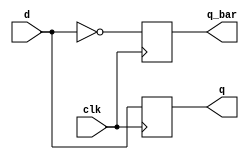
module dff_bad2(clk, d, q, q_bar);
    input  d, clk;
    output q, q_bar;
    reg    q, q_bar;

    always @(posedge clk) begin     // blocking
        q     = d;
        q_bar = ~d;
    end
endmodule